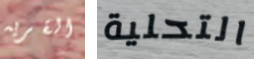
القريه التحلية